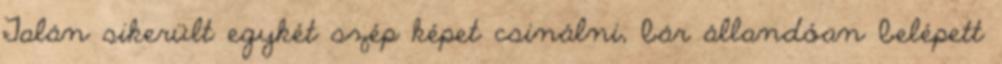
Talán sikerült egykét szép képet csinálni, bár állandóan belépett